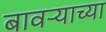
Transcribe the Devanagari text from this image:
बावऱ्याच्या